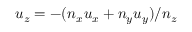
u _ { z } = - ( n _ { x } u _ { x } + n _ { y } u _ { y } ) / n _ { z }